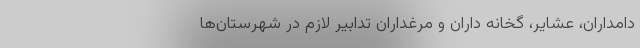
دامداران، عشایر، گخانه داران و مرغداران تدابیر لازم در شهرستان‌ها